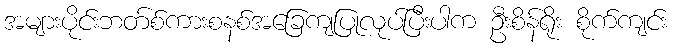
အများပိုင်းဘတ်စ်ကားစနစ်အခြေကျပြုလုပ်ပြီးပါက ဦးစိန်ရိုး စိုက်ကျင်း